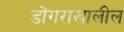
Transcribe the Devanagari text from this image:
डोंगराखालील